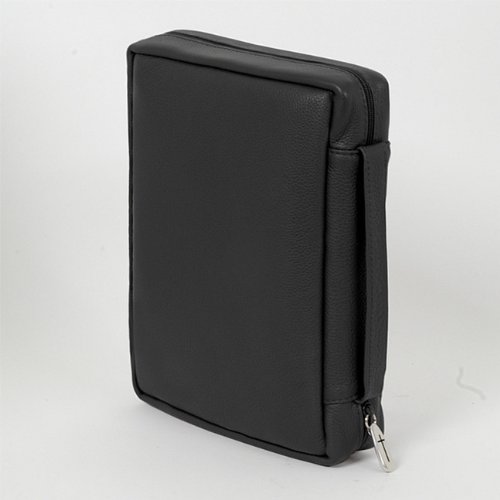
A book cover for Genuine Leather Bible Cover; Bob Siemon Designs; Christian Books & Bibles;